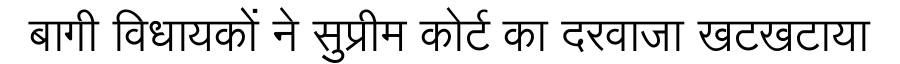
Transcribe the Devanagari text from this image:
बागी विधायकों ने सुप्रीम कोर्ट का दरवाजा खटखटाया